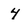
Character: 4